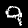
Digit: 9